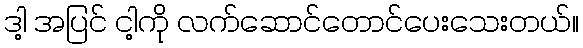
ဒါ့ အပြင် ငါ့ကို လက်ဆောင်တောင်ပေးသေးတယ်။